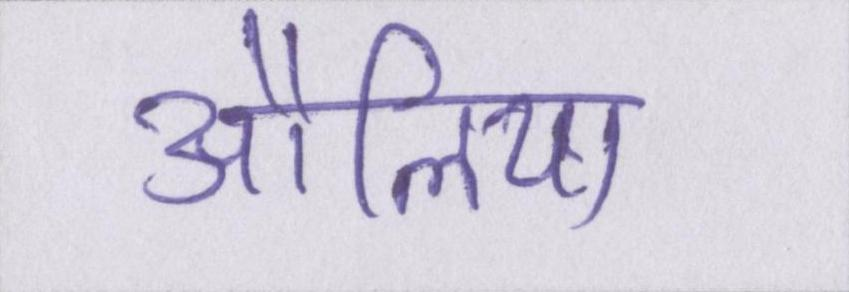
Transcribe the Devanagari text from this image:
औलिया